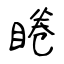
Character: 睠